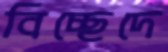
বিচ্ছেদে